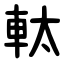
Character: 軚